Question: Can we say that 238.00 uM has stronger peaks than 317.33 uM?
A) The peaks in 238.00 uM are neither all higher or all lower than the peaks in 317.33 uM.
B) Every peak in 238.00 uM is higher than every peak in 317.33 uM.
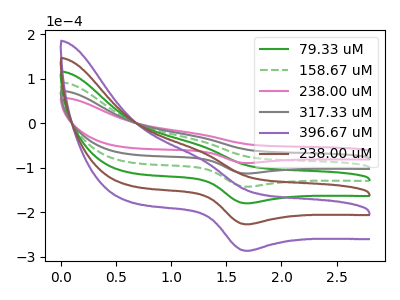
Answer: <think>The green curve "79.33 uM" has an anodic peak at (1.25V, -91.00uA) and a cathodic peak at (1.70V, -338.80uA). The green dashed curve "158.67 uM" has an anodic peak at (1.25V, -60.65uA) and a cathodic peak at (1.70V, -225.85uA). The pink curve "238.00 uM" has an anodic peak at (1.25V, -24.05uA) and a cathodic peak at (1.70V, -89.45uA). The gray curve "317.33 uM" has an anodic peak at (1.25V, -30.35uA) and a cathodic peak at (1.70V, -112.95uA). The purple curve "396.67 uM" has an anodic peak at (1.25V, -151.70uA) and a cathodic peak at (1.70V, -564.65uA). The brown curve "238.00 uM" has an anodic peak at (1.25V, -121.35uA) and a cathodic peak at (1.70V, -451.70uA).</think>
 <answer>A) The peaks in "238.00 uM" are neither all higher or all lower than the peaks in "317.33 uM".</answer>
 <eval>A</eval>